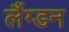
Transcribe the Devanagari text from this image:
लैंग्डन